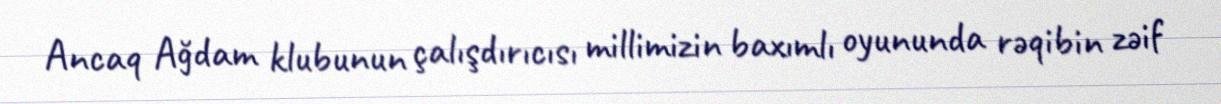
Ancaq Ağdam klubunun çalışdırıcısı millimizin baxımlı oyununda rəqibin zəif